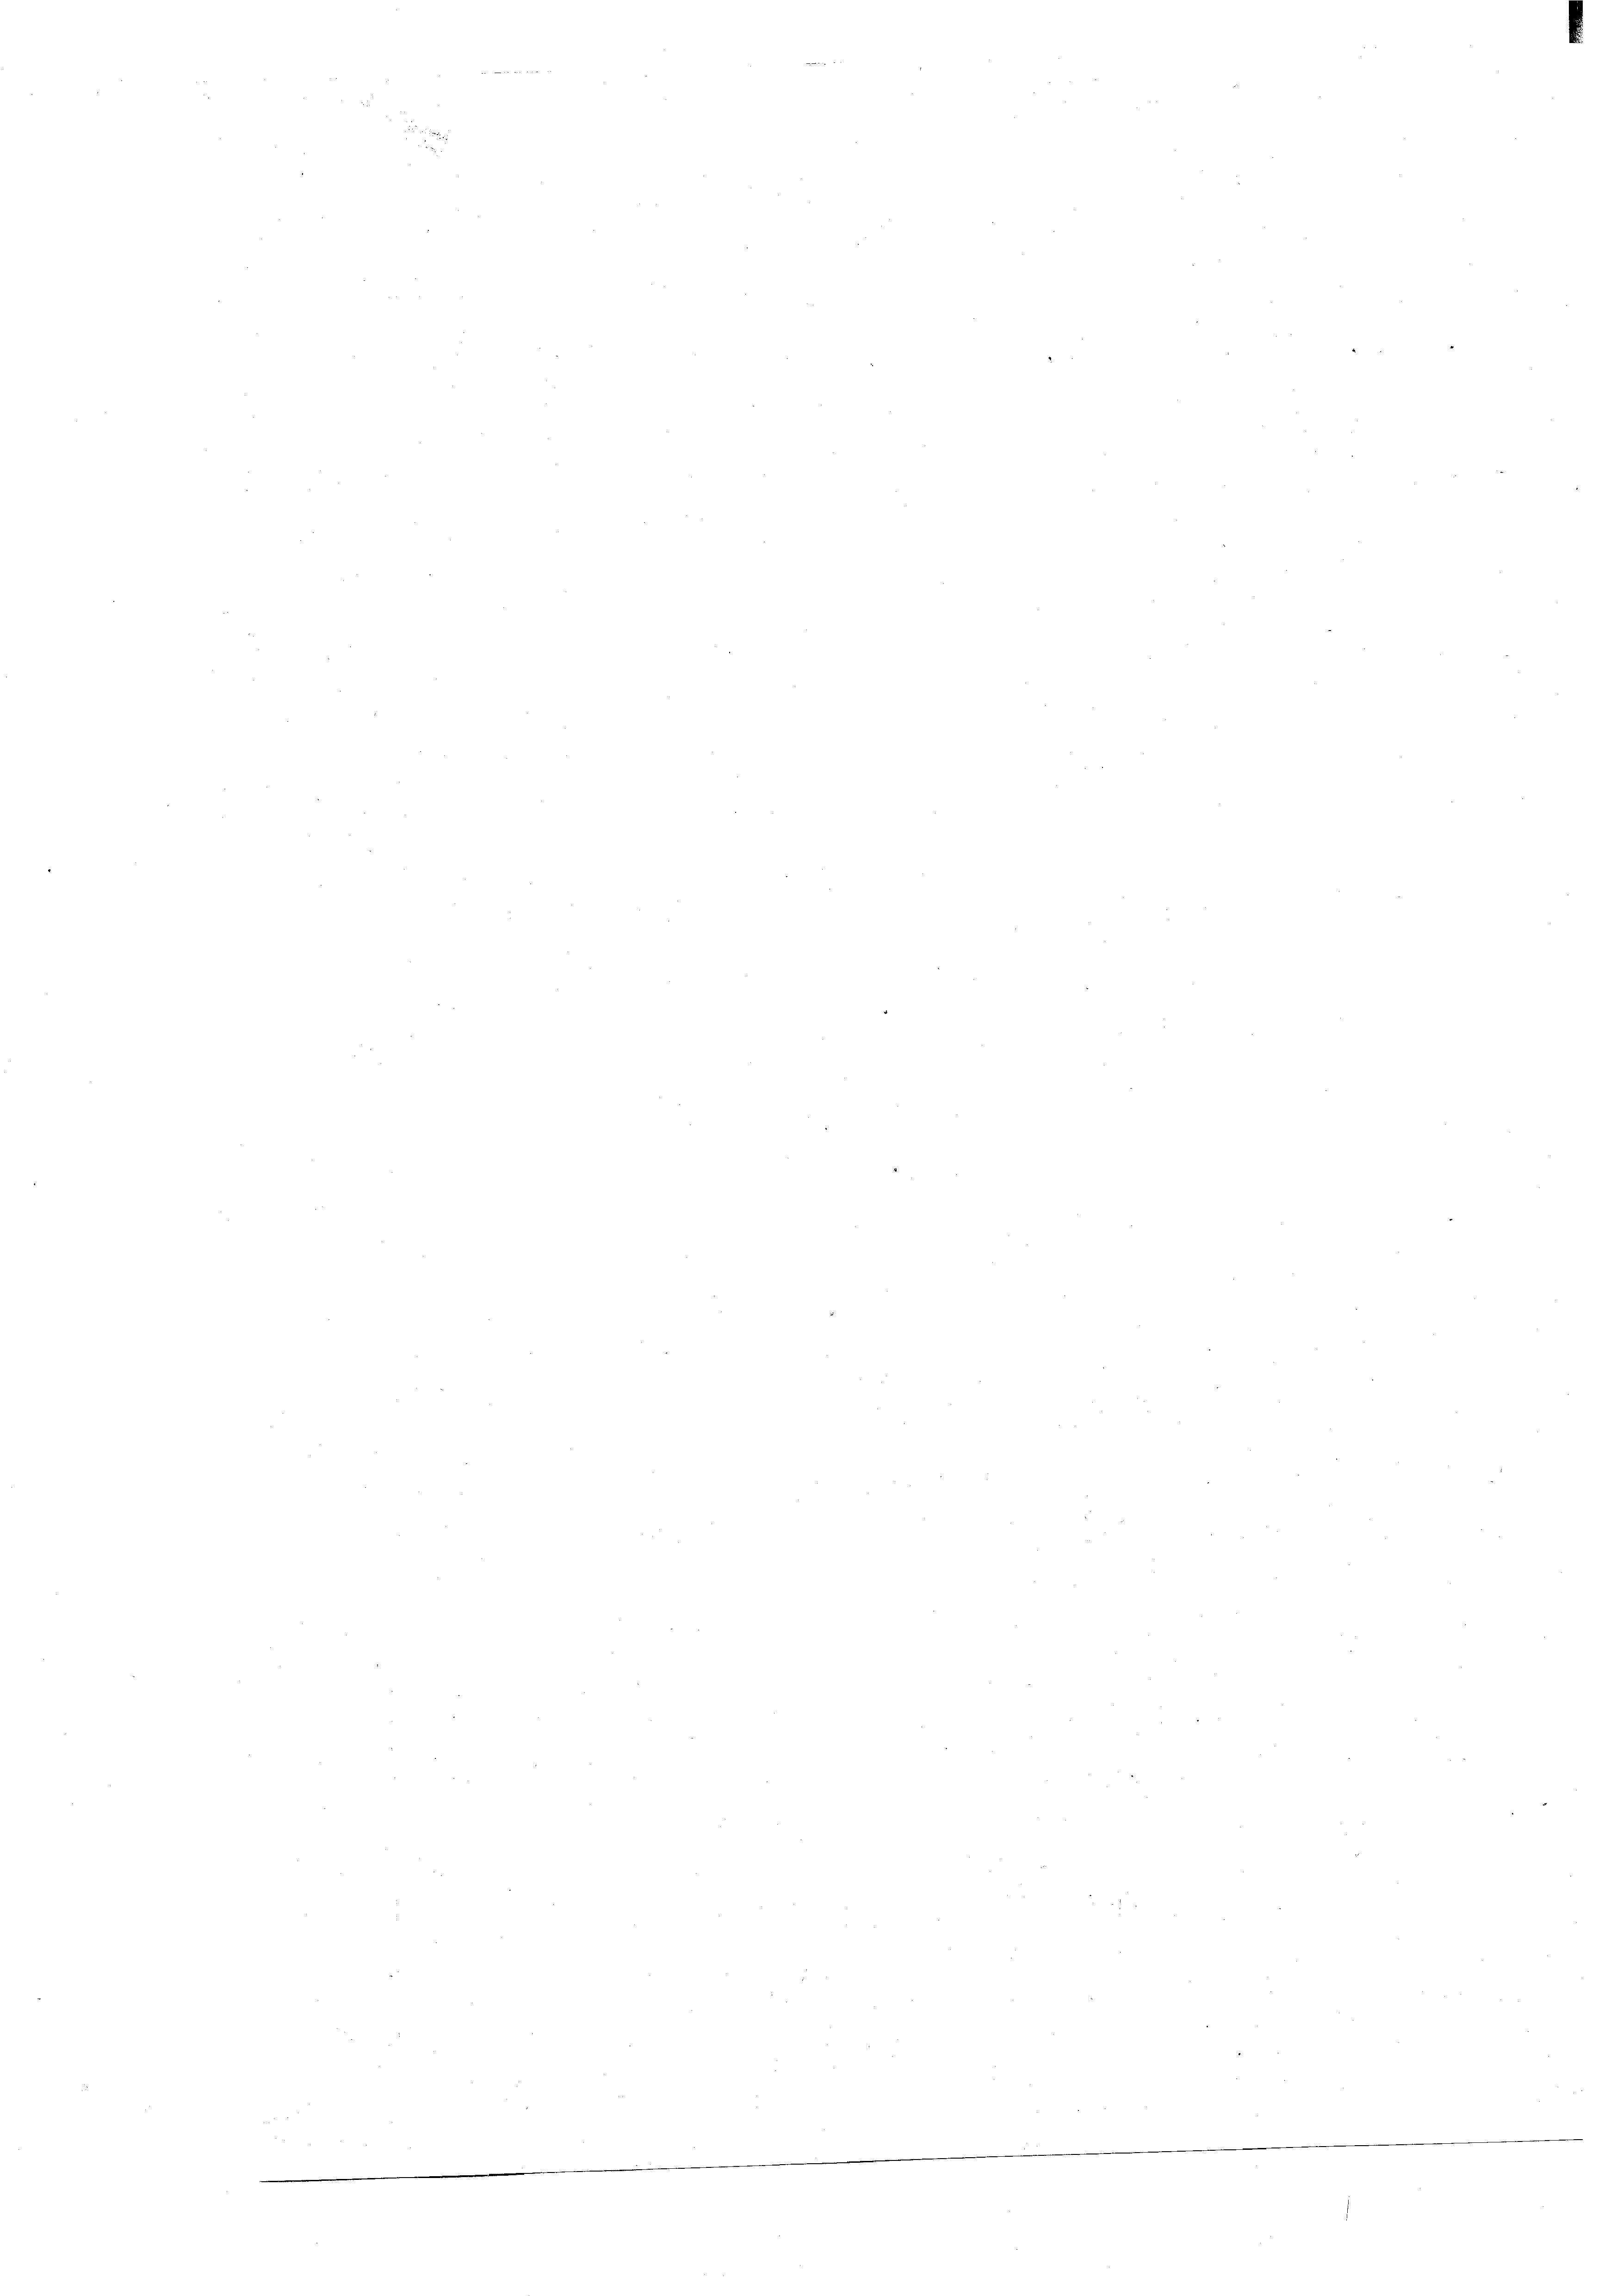
.

r